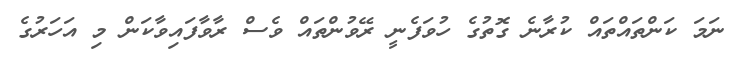
ނަމަ ކަންތައްތައް ކުރާނެ ގޮތުގެ ހުވަފެނީ ރޭވުންތައް ވެސް ރާވާފައިވާކަން މި އަހަރުގެ